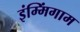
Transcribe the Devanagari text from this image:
इंम्मिंगाम